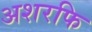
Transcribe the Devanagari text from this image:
अशरफि